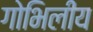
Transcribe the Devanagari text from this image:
गोभिलीय